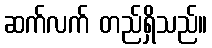
ဆက်လက် တည်ရှိသည်။